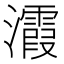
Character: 𪸀